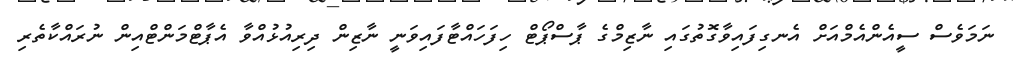
ނަމަވެސް ސީއެންއެމްއަށް އެނގިފައިވާގޮތުގައި ނާޒިމްގެ ޕާސްޕޯޓް ހިފަހައްޓާފައިވަނީ ނާޒިން ދިރިއުޅުއްވާ އެޕާޓްމަންޓްއިން ނުރައްކާތެރި